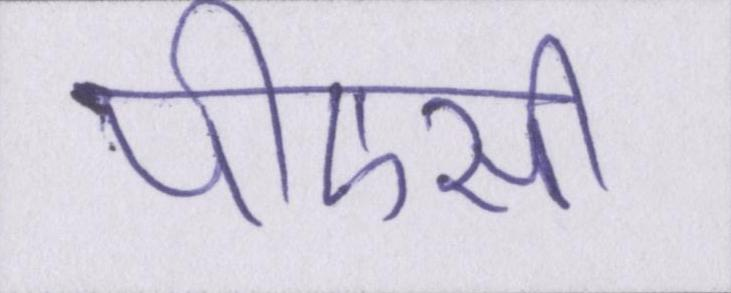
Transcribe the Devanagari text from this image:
पीएसी